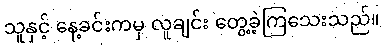
သူနှင့် နေ့ခင်းကမှ လူချင်း တွေ့ခဲ့ကြသေးသည်။